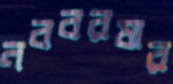
নববরষার